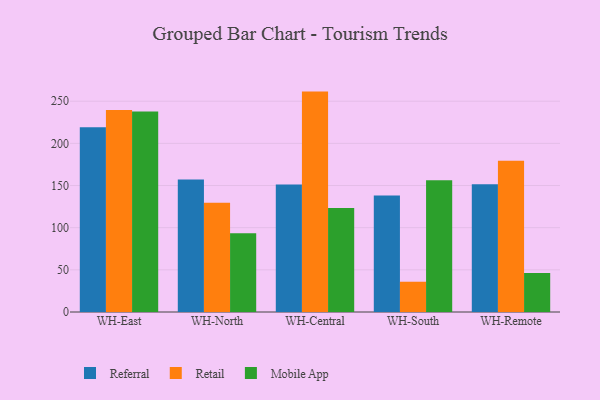
{"axis": {"x": "Warehouse", "y": "Website Visitors"}, "legend": ["Mobile App", "Referral", "Retail"], "data": [{"x": "WH-East", "y": 219.2, "type": "Referral"}, {"x": "WH-East", "y": 239.6, "type": "Retail"}, {"x": "WH-East", "y": 237.9, "type": "Mobile App"}, {"x": "WH-North", "y": 157.1, "type": "Referral"}, {"x": "WH-North", "y": 129.6, "type": "Retail"}, {"x": "WH-North", "y": 93.5, "type": "Mobile App"}, {"x": "WH-Central", "y": 151.1, "type": "Referral"}, {"x": "WH-Central", "y": 261.4, "type": "Retail"}, {"x": "WH-Central", "y": 123.4, "type": "Mobile App"}, {"x": "WH-South", "y": 138.3, "type": "Referral"}, {"x": "WH-South", "y": 35.9, "type": "Retail"}, {"x": "WH-South", "y": 156.4, "type": "Mobile App"}, {"x": "WH-Remote", "y": 151.6, "type": "Referral"}, {"x": "WH-Remote", "y": 179.3, "type": "Retail"}, {"x": "WH-Remote", "y": 46.3, "type": "Mobile App"}]}